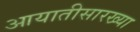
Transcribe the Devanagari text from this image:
आयातीसारख्या